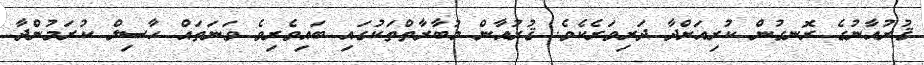
ޤުރުއާނުގެ ރޮނގުން ކުރިއަށްދާ ދަރިވަރެކެވެ. ޤުރުއާން މުބާރާތްތަކުގައި ބައިވެރިވެ ވަނަތައް ހާސިލް ކުރަމުންދާ